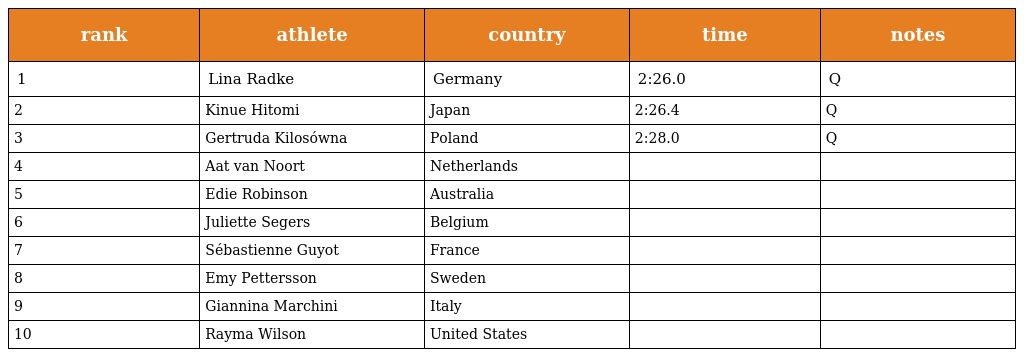
| rank | athlete | country | time | notes |
 | --- | --- | --- | --- | --- |
 | 1 | Lina Radke | Germany | 2:26.0 | Q |
 | 2 | Kinue Hitomi | Japan | 2:26.4 | Q |
 | 3 | Gertruda Kilosówna | Poland | 2:28.0 | Q |
 | 4 | Aat van Noort | Netherlands |  |  |
 | 5 | Edie Robinson | Australia |  |  |
 | 6 | Juliette Segers | Belgium |  |  |
 | 7 | Sébastienne Guyot | France |  |  |
 | 8 | Emy Pettersson | Sweden |  |  |
 | 9 | Giannina Marchini | Italy |  |  |
 | 10 | Rayma Wilson | United States |  |  |